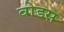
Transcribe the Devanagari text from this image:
वोडस